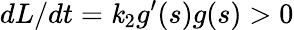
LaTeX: {dL}/{dt}=\mathit{k}_{2}g^{\prime}(s)g(s)>0